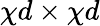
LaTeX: \chi d\times\chi d